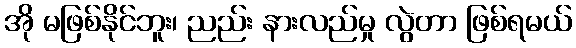
အို မဖြစ်နိုင်ဘူး၊ ညည်း နားလည်မှု လွဲတာ ဖြစ်ရမယ်